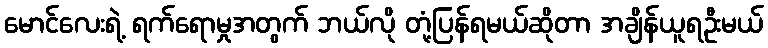
မောင်လေးရဲ့ ရက်ရောမှုအတွက် ဘယ်လို တုံ့ပြန်ရမယ်ဆိုတာ အချိန်ယူရဦးမယ်